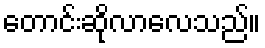
တောင်းဆိုလာလေသည်။